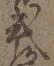
式